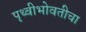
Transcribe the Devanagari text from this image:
पृथ्वीभोवतीचा